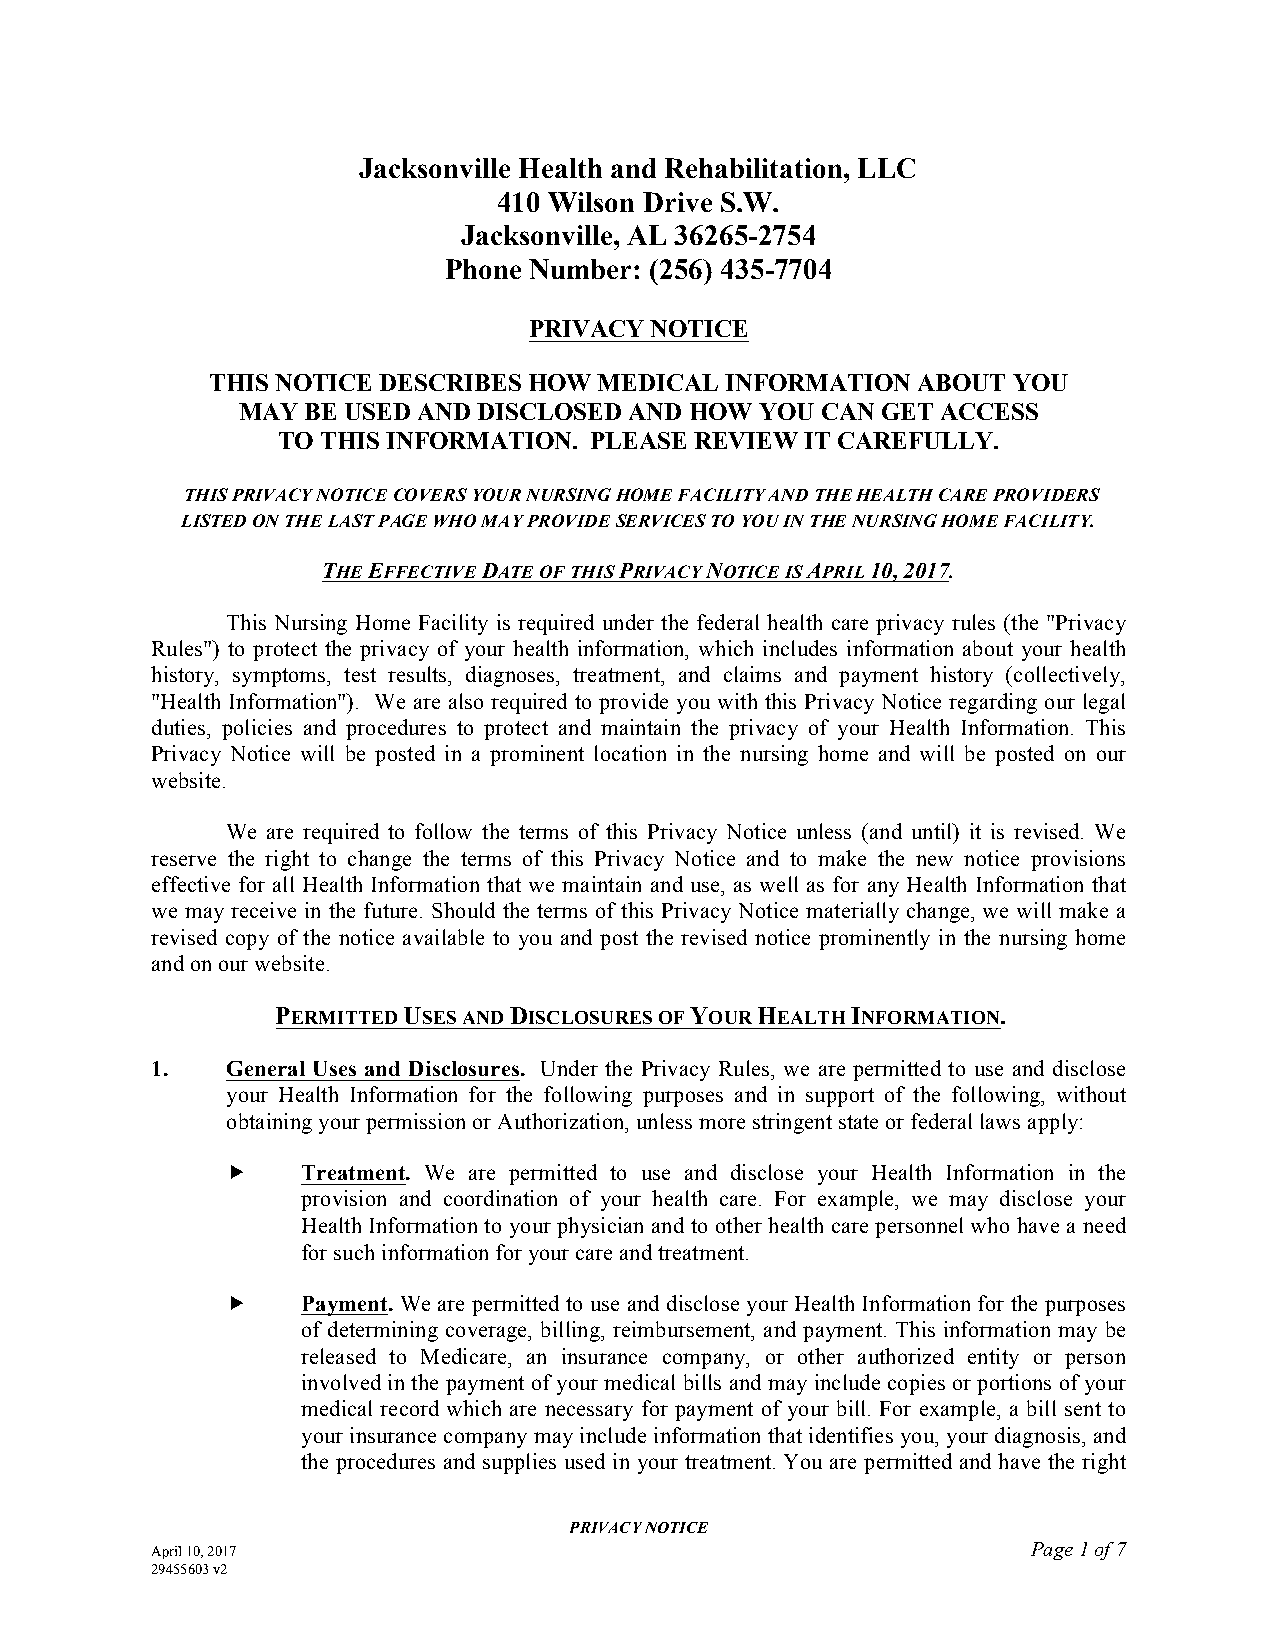
Jacksonville Health and Rehabilitation, LLC
 410 Wilson Drive S.W.
 Jacksonville, AL 36265-2754
 Phone Number: (256) 435-7704
 PRIVACY NOTICE
 THIS NOTICE DESCRIBES HOW MEDICAL INFORMATION  ABOUT YOU
 MAY BE USED AND DISCLOSED AND HOW YOU CAN GET ACCESS
 TO THIS INFORMATION. PLEASE REVIEW IT CAREFULLY.
 THIS PRIVACY NOTICE COVERS YOUR NURSING HOME FACILITY AND THE HEALTH CARE PROVIDERS
 LISTED ON THE LAST PAGE WHO MAY PROVIDE SERVICES TO YOU IN THE NURSING HOME FACILITY.
 THE EFFECTIVE DATE OF THIS PRIVACY NOTICE IS APRIL 10, 2017.
 This Nursing Home Facility is required under the federal health care privacy rules (the "Privacy
 Rules") to protect the privacy of your health information, which includes information about your health
 history, symptoms, test results, diagnoses, treatment, and claims and payment history (collectively,
 "Health Information"). We are also required to provide you with this Privacy Notice regarding our legal
 duties, policies and procedures to protect and maintain the privacy of your Health Information. This
 Privacy Notice will be posted in a prominent location in the nursing home and will be posted on our
 website.
 We are required to follow the terms of this Privacy Notice unless (and until) it is revised. We
 reserve the right to change the terms of this Privacy Notice and to make the new notice provisions
 effective for all Health Information that we maintain and use, as well as for any Health Information that
 we may receive in the future. Should the terms of this Privacy Notice materially change, we will make a
 revised copy of the notice available to you and post the revised notice prominently in the nursing home
 and on our website.
 PERMITTED USES AND DISCLOSURES OF YOUR HEALTH INFORMATION.
 1.   General Uses and Disclosures. Under the Privacy Rules, we are permitted to use and disclose
 your Health Information for the following purposes and in support of the following, without
 obtaining your permission or Authorization, unless more stringent state or federal laws apply:
     Treatment. We are permitted to use and disclose your Health Information in the
 provision and coordination of your health care. For example, we may disclose your
 Health Information to your physician and to other health care personnel who have a need
 for such information for your care and treatment.
     Payment. We are permitted to use and disclose your Health Information for the purposes
 of determining coverage, billing, reimbursement, and payment. This information may be
 released to Medicare, an insurance company, or other authorized entity or person
 involved in the payment of your medical bills and may include copies or portions of your
 medical record which are necessary for payment of your bill. For example, a bill sent to
 your insurance company may include information that identifies you, your diagnosis, and
 the procedures and supplies used in your treatment. You are permitted and have the right
 PRIVACY NOTICE
 April 10, 2017                                            Page 1 of 7
 29455603 v2